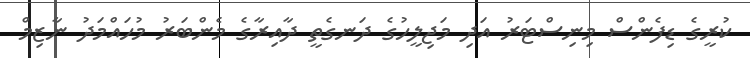
ކުރީގެ ޑިފެންސް މިނިސްޓަރު އަދި މަޖިލީހުގެ ދަނގެތީ ދާއިރާގެ މެންބަރު މުހައްމަދު ނާޒިމް